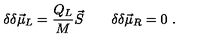
\delta \delta \vec { \mu } _ { L } = { \frac { Q _ { L } } { M } } \vec { S } \qquad \delta \delta \vec { \mu } _ { R } = 0 \ .